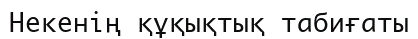
Некенің құқықтық табиғаты